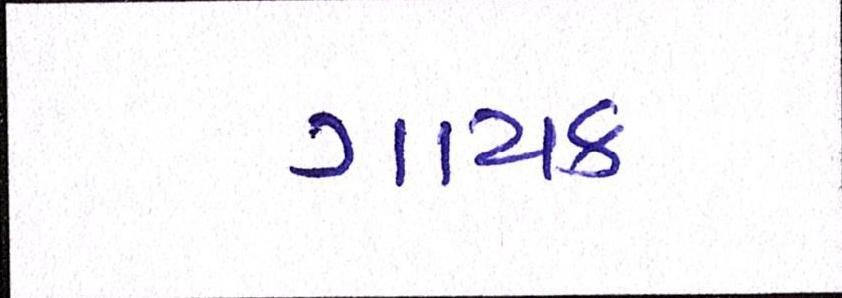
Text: ગાયક